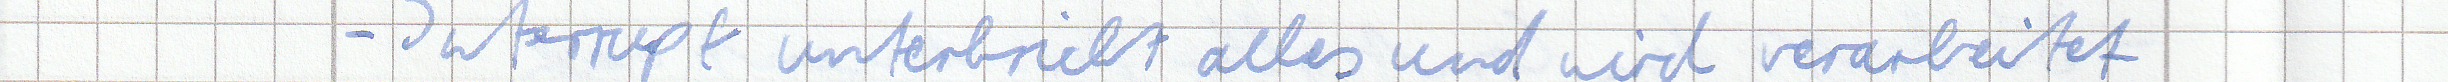
- Interrupt unterbricht alles und wird verarbeitet